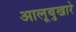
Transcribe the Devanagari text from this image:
आलूबुखारे